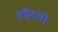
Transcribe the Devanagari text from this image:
रमैय्या